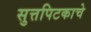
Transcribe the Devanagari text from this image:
सुत्तपिटकाचे